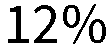
12%